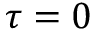
\tau = 0